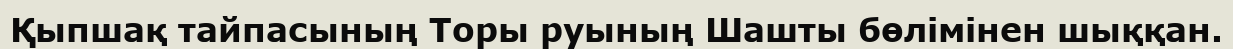
Қыпшақ тайпасының Торы руының Шашты бөлімінен шыққан.